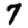
Digit: 7